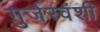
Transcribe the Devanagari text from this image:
गुर्जरवंशी